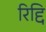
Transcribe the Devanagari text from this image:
रिद्दि